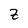
Character: Z